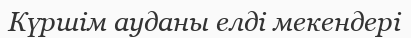
Күршім ауданы елді мекендері